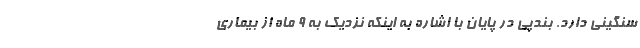
سنگینی دارد. بندپی در پایان با اشاره به اینکه نزدیک به ۹ ماه از بیماری